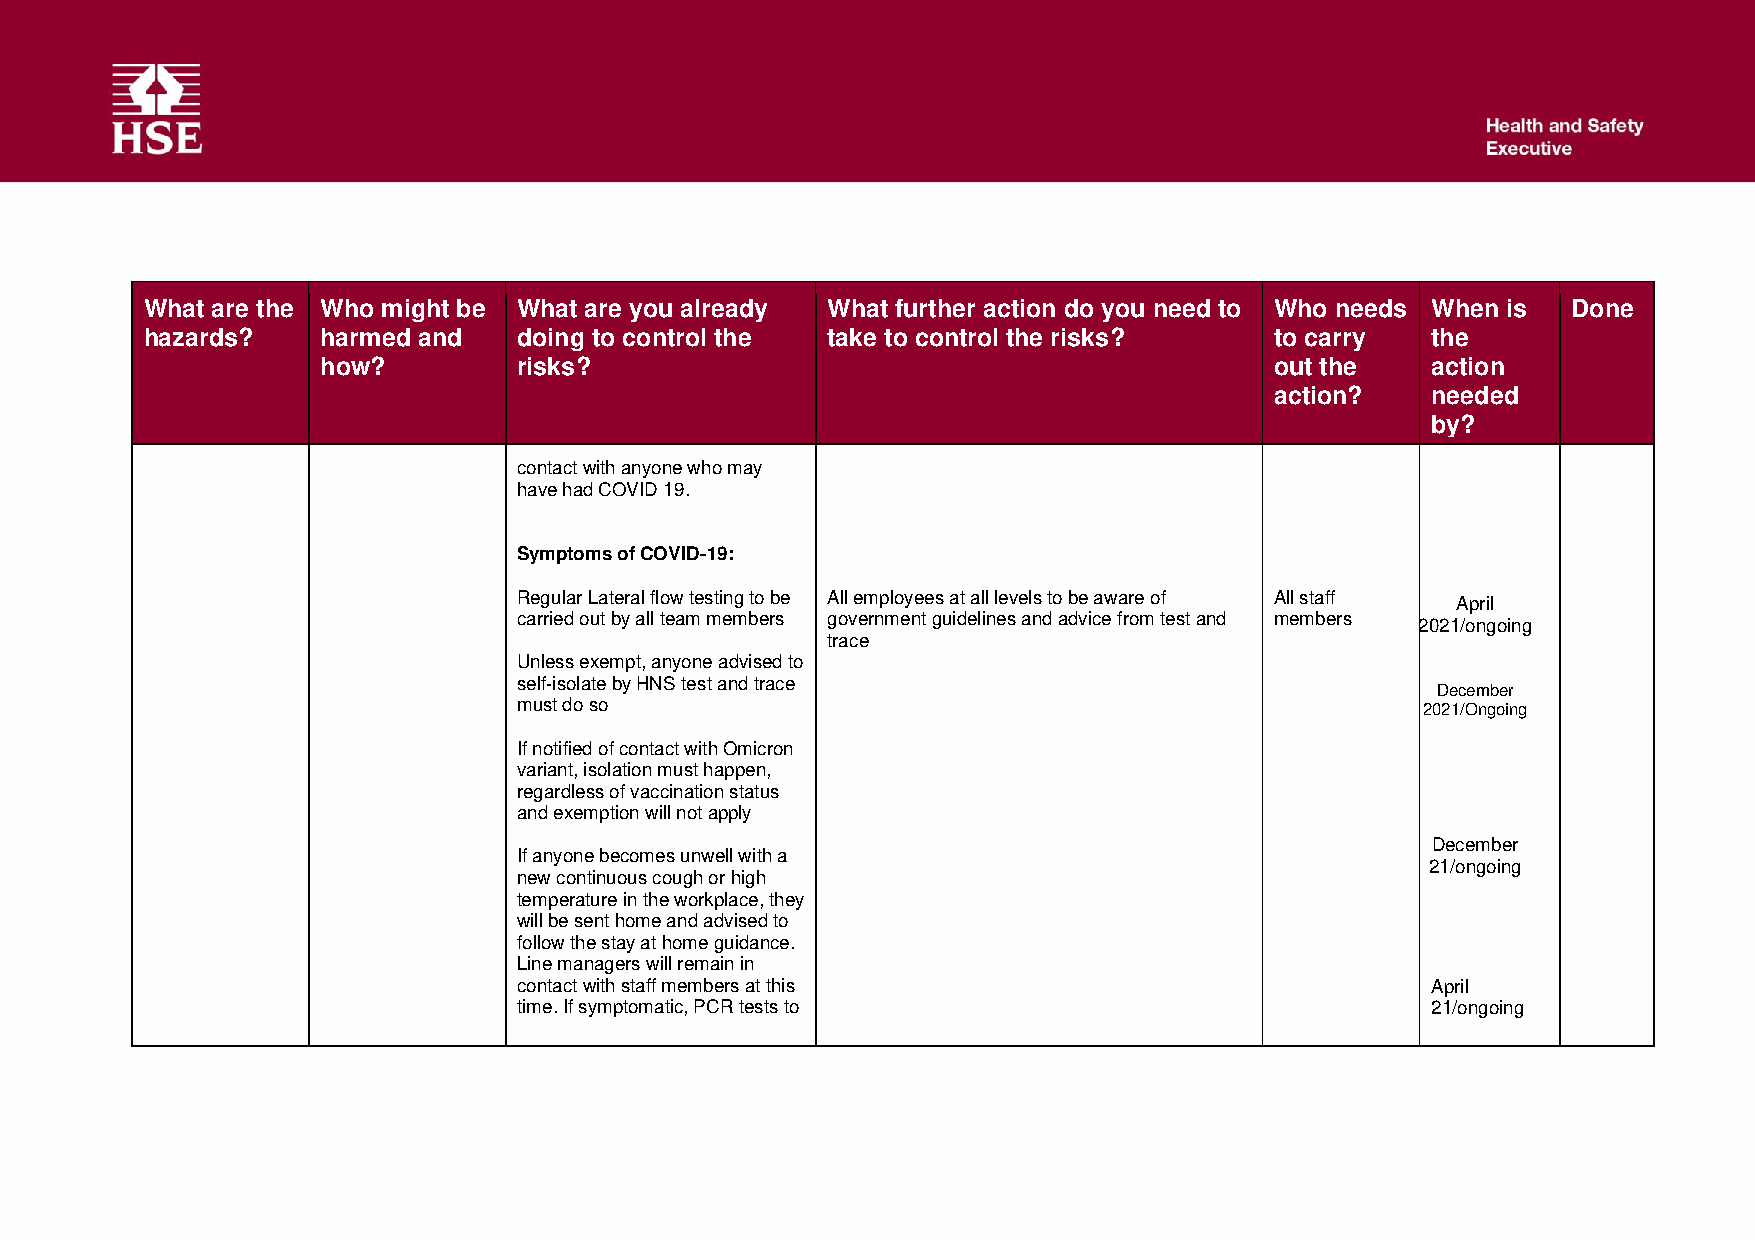
What are the Who might be What are you already What further action do you need to Who needs When is Done
 hazards?   harmed and   doing to control the take to control the risks?   to carry   the
 how?         risks?                                            out the    action
 action?    needed
 by?
 contact with anyone who may
 have had COVID 19.
 Symptoms of COVID-19:
 Regular Lateral flow testing to be All employees at all levels to be aware of All staff
 April
 carried out by all team members government guidelines and advice from test and members
 2021/ongoing
 trace
 Unless exempt, anyone advised to
 self-isolate by HNS test and trace
 December
 must do so                                                  2021/Ongoing
 If notified of contact with Omicron
 variant, isolation must happen,
 regardless of vaccination status
 and exemption will not apply
 December
 If anyone becomes unwell with a
 21/ongoing
 new continuous cough or high
 temperature in the workplace, they
 will be sent home and advised to
 follow the stay at home guidance.
 Line managers will remain in
 contact with staff members at this                           April
 time. If symptomatic, PCR tests to                           21/ongoing